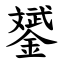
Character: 𨭉